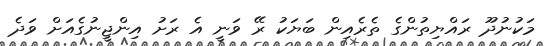
މަކުނުދޫ ރައްޔިތުންގެ ތެރެއިން ބަޔަކު ރޭ ވަނީ އެ ރަށު އިންޖީނުގެއަށް ވަދެ